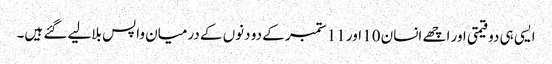
ایسی ہی دو قیمتی اور اچھے انسان 10 اور 11 ستمبر کے دو دنوں کے درمیان واپس بلالیے گئے ہیں۔